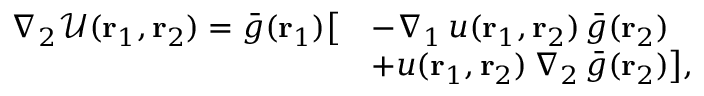
\begin{array} { r l } { \nabla _ { 2 } \mathcal { U } ( { \mathbf { r } _ { 1 } } , { \mathbf { r } _ { 2 } } ) = \bar { g } ( { \mathbf { r } _ { 1 } } ) \big [ } & { - \nabla _ { 1 } \, u ( { \mathbf { r } _ { 1 } } , { \mathbf { r } _ { 2 } } ) \, \bar { g } ( { \mathbf { r } _ { 2 } } ) } \\ & { + u ( { \mathbf { r } _ { 1 } } , { \mathbf { r } _ { 2 } } ) \, \nabla _ { 2 } \, \bar { g } ( { \mathbf { r } _ { 2 } } ) \big ] \mathrm { , } } \end{array}